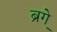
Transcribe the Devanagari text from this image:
ब्रूगे